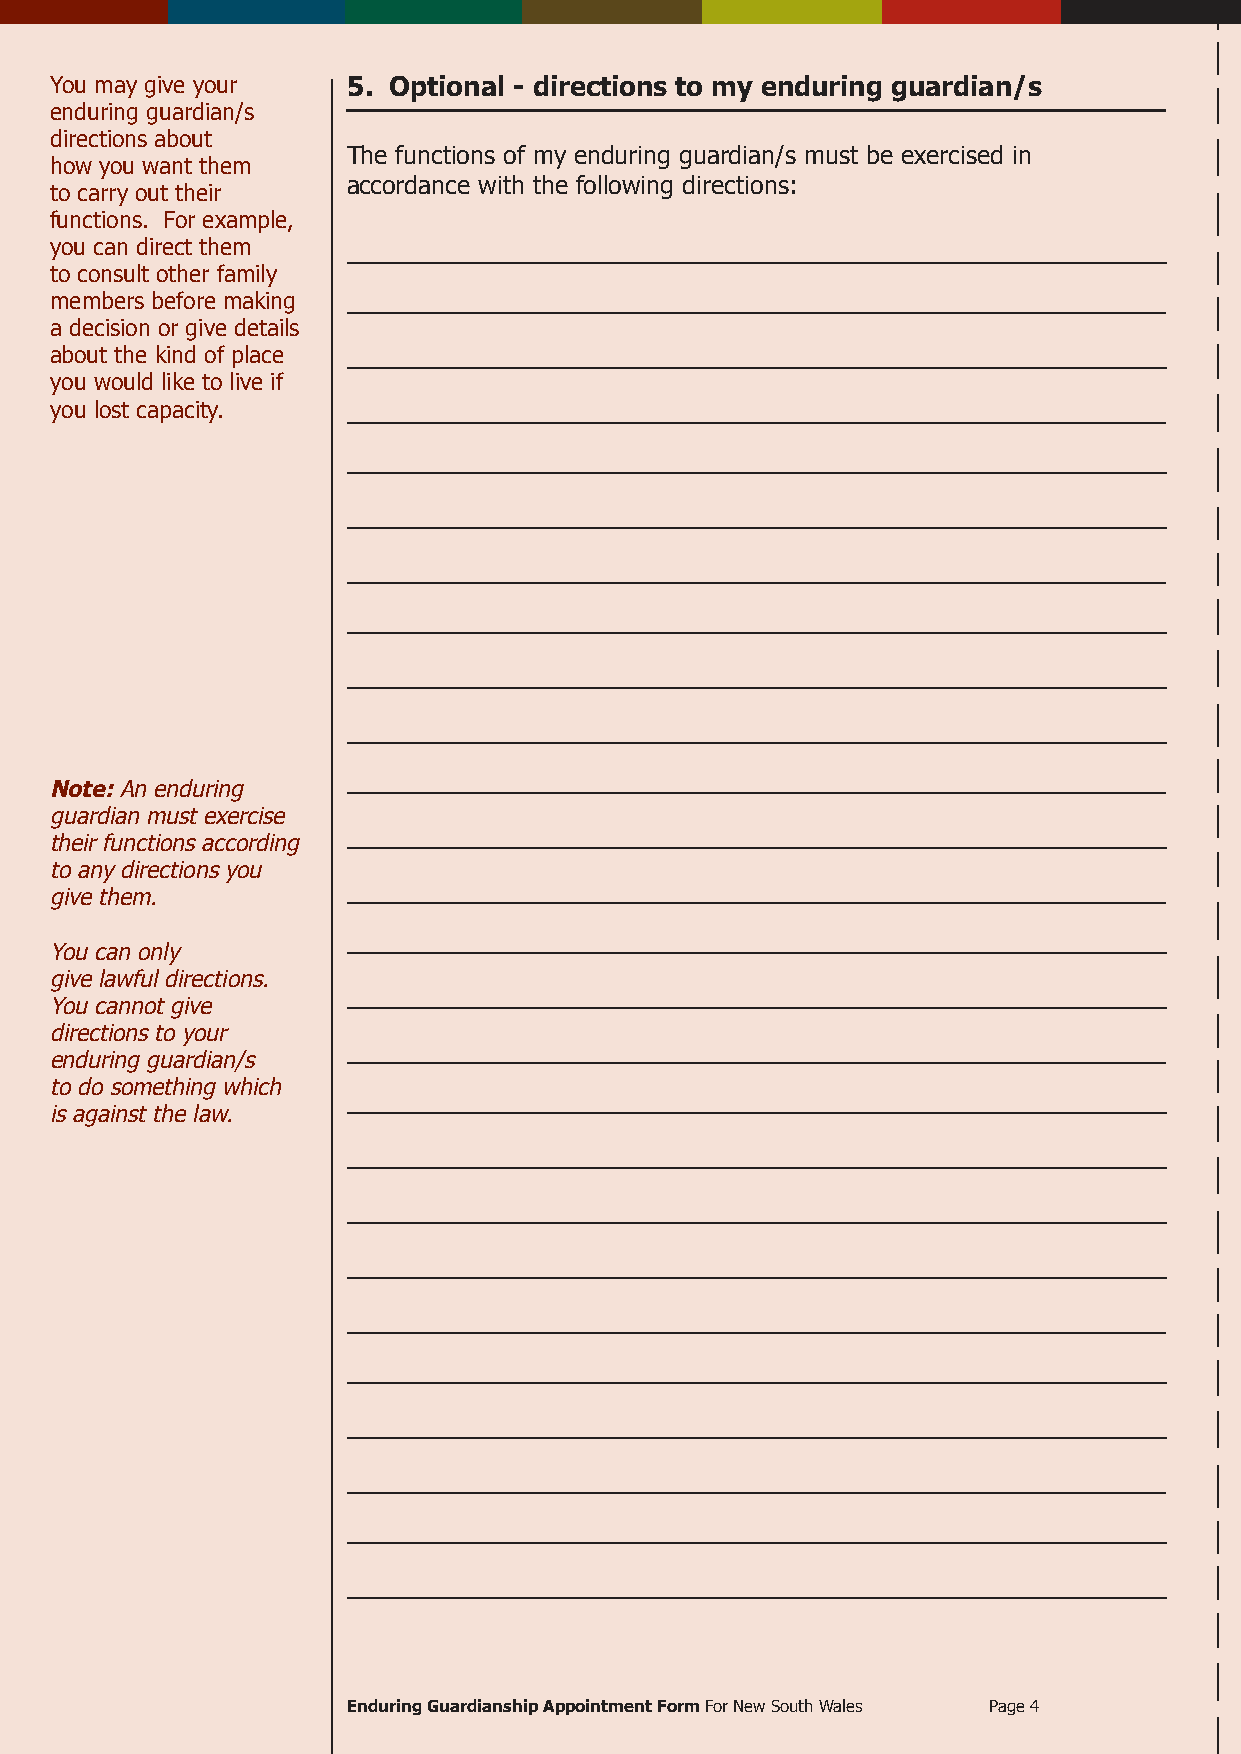
You may give your   5. Optional - directions to my enduring guardian/s
 enduring guardian/s
 directions about
 The functions of my enduring guardian/s must be exercised in
 how you want them
 accordance with the following directions:
 to carry out their
 functions. For example,
 you can direct them ____________________________________________________________
 to consult other family
 members before making ____________________________________________________________
 a decision or give details
 about the kind of place ____________________________________________________________
 you would like to live if
 you lost capacity.  ____________________________________________________________
 ____________________________________________________________
 ____________________________________________________________
 ____________________________________________________________
 ____________________________________________________________
 ____________________________________________________________
 ____________________________________________________________
 ____________________________________________________________
 Note: An enduring
 guardian must exercise
 ____________________________________________________________
 their functions according
 to any directions you
 ____________________________________________________________
 give them.
 ____________________________________________________________
 You can only
 give lawful directions.
 ____________________________________________________________
 You cannot give
 directions to your
 ____________________________________________________________
 enduring guardian/s
 to do something which
 ____________________________________________________________
 is against the law.
 ____________________________________________________________
 ____________________________________________________________
 ____________________________________________________________
 ____________________________________________________________
 ____________________________________________________________
 ____________________________________________________________
 ____________________________________________________________
 ____________________________________________________________
 ____________________________________________________________
 Enduring Guardianship Appointment Form For New South Wales Page 4